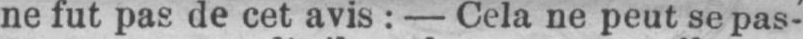
ne fut pas de cet avis: - Cela ne peut se pas-